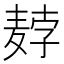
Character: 𬹇